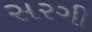
સરગી